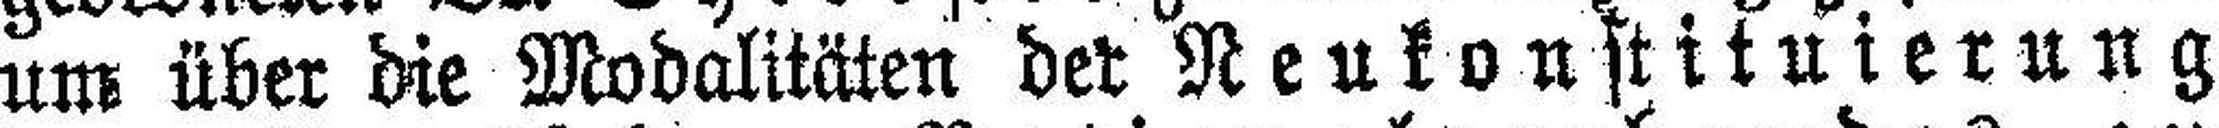
um über die Modalitäten der Neukonstituierung